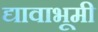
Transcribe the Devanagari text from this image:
द्यावाभूमी